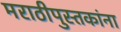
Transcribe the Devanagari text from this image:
मराठीपुस्तकांना